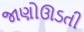
જાણોઊડતી